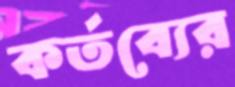
কর্তব্যের